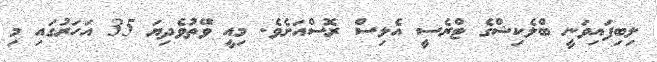
ލިބިފައިވަނީ ބްލެކިޝްގެ ޓްރެސީ އެލިސް ރޮސްއަށެވެ. މިއީ ވޭތުވެދިޔަ 35 އަހަރުގައި މި